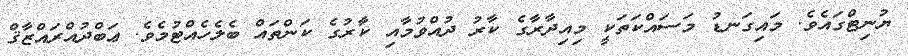
ޔުނިޓްގައެވެ. މައިގަނޑު މަސައްކަތަކީ މިއިދާރާގެ ކާރު ދުއްވުމާއި ކާރުގެ ކަންތައް ބެލެހެއްޓުމެވެ. ޢަބްދުއްރައްޒާޤް